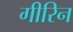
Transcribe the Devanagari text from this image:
गीरिन